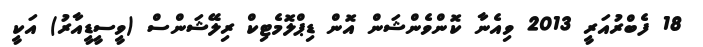
18 ފެބްރުއަރީ 2013 ވިއެނާ ކޮންވެންޝަން އޮން ޑިޕްލޮމެޓިކް ރިލޭޝަންސް (ވީސީޑީއާރު) އަކީ